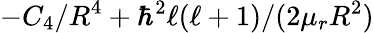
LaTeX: -C_{4}/R^{4}+\hbar^{2}\ell(\ell+1)/(2\mu_{r}R^{2})